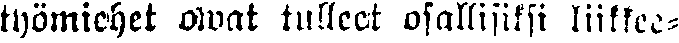
työmiehet owat tulleet osallisiksi liikkee-